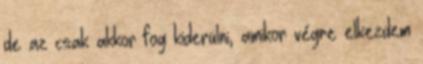
de az csak akkor fog kiderülni, amikor végre elkezdem